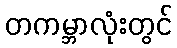
တကမ္ဘာလုံးတွင်